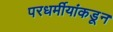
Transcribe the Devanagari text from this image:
परधर्मीयांकडून